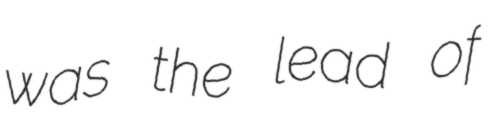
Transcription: was the lead of